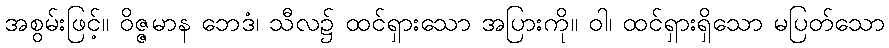
အစွမ်းဖြင့်။ ဝိဇ္ဇမာန ဘေဒံ၊ သီလ၌ ထင်ရှားသော အပြားကို။ ဝါ၊ ထင်ရှားရှိသော မပြတ်သော